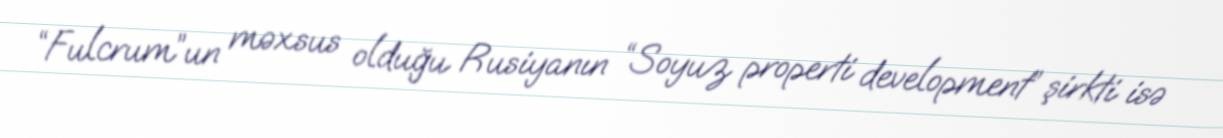
“Fulcrum”un məxsus olduğu Rusiyanın “Soyuz properti development” şirkti isə